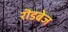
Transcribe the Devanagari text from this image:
रॊडबेज